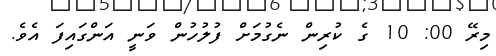
މިރޭ 00: 10 ގެ ކުރިން ނެގުމަށް ފުލުހުން ވަނީ އަންގައިފަ އެވެ.